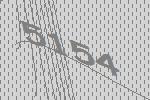
5154